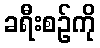
ခရီးစဉ်ကို